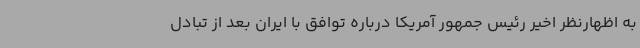
به اظهارنظر اخیر رئیس جمهور آمریکا درباره توافق با ایران بعد از تبادل